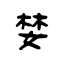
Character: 婪